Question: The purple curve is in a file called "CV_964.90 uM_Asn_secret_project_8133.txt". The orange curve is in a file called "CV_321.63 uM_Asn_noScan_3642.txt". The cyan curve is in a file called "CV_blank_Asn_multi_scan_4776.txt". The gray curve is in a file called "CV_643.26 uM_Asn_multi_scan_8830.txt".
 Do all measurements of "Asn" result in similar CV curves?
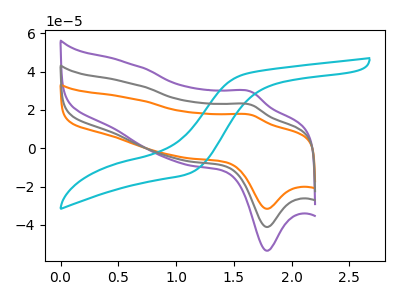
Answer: <think>The purple curve "Asn 964.90 uM" has an anodic peak at (1.65V, 45.35uA) and a cathodic peak at (1.80V, -82.20uA). The orange curve "Asn 321.63 uM" has an anodic peak at (1.65V, 17.40uA) and a cathodic peak at (1.80V, -31.60uA). The cyan curve "Asn blank" has no peaks. The gray curve "Asn 643.26 uM" has an anodic peak at (1.65V, 22.65uA) and a cathodic peak at (1.80V, -41.10uA).
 All the peaks in "Asn 964.90 uM" have a peak in "Asn 321.63 uM" at the same potential. Every peak in "Asn 964.90 uM" is higher than every peak in "Asn 321.63 uM". "Asn 964.90 uM" and "Asn blank" have a different number of peaks. All the peaks in "Asn 964.90 uM" have a peak in "Asn 643.26 uM" at the same potential. Every peak in "Asn 964.90 uM" is higher than every peak in "Asn 643.26 uM". "Asn 321.63 uM" and "Asn blank" have a different number of peaks. All the peaks in "Asn 321.63 uM" have a peak in "Asn 643.26 uM" at the same potential. Every peak in "Asn 321.63 uM" is lower than every peak in "Asn 643.26 uM". "Asn blank" and "Asn 643.26 uM" have a different number of peaks.</think>
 <answer>All the CV's of "Asn" have similar shape.</answer>
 <eval>follow_rule</eval>